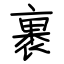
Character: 裹